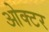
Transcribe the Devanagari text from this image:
ओक्टर